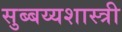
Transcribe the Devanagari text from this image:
सुब्बय्यशास्त्री